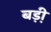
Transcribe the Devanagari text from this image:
बड़़ी